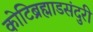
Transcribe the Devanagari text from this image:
कोटिब्रह्माडसंदुरी